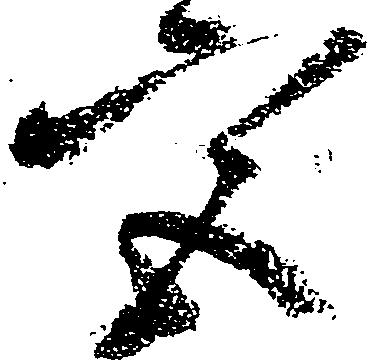
宮